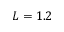
L = 1 . 2